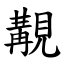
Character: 覯